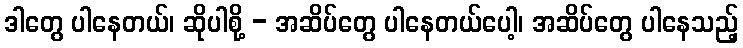
ဒါတွေ ပါနေတယ်၊ ဆိုပါစို့ - အဆိပ်တွေ ပါနေတယ်ပေါ့၊ အဆိပ်တွေ ပါနေသည့်